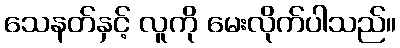
သေနတ်နှင့် လူကို မေးလိုက်ပါသည်။